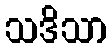
သဒိသာ